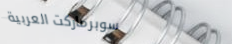
سوبرماركت العربية